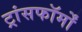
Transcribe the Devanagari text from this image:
ट्रांसफॉर्मों